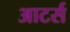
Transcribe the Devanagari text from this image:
आटर्स